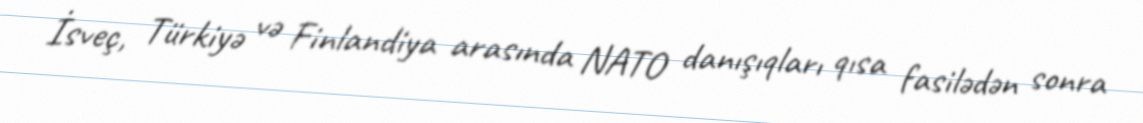
İsveç, Türkiyə və Finlandiya arasında NATO danışıqları qısa fasilədən sonra